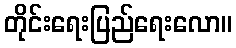
တိုင်းရေးပြည်ရေးလော။